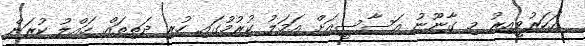
އަހަރުވީއިރު މި ގާނޫނު އަސާސީއަށް އަމަލު ކުރުމުގައި ހުރި ދަތިތައް ހައްލު ކުރަން